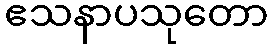
ဧသနာပသုတော